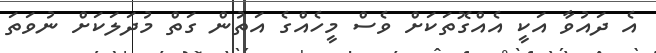
އެ ދައުވާ އަކީ އެއްގޮތަކަށް ވެސް މީހެއްގެ އަތުން ގަތް މުދަލަކަށް ނުވަތަ